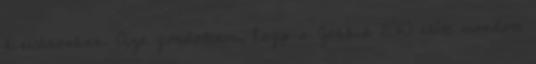
kisvárosban. Azt gondoltam, hogy a Jobbik 2010 előtt mondott